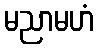
မညာမဟံ